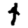
Digit: 4